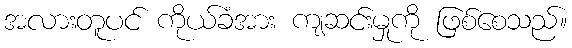
အလားတူပင် ကိုယ်ခံအား ကျဆင်းမှုကို ဖြစ်စေသည်။